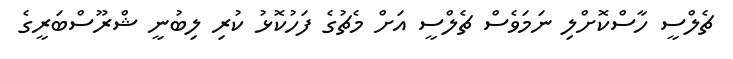
ޗެލްސީ ހާސްކޮށްލި ނަމަވެސް ޗެލްސީ އަށް މެޗުގެ ފަހުކޮޅު ކުރި ލިބުނީ ޝްރޫސްބަރީގެ